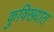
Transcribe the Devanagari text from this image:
कुविख्यात